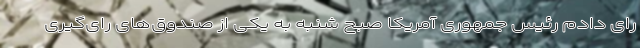
رای دادم رئیس جمهوری آمریکا صبح شنبه به یکی از صندوق‌های رای‌گیری